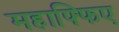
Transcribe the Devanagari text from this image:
महाफ्फिए